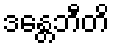
ဒန္တေဘီတိ